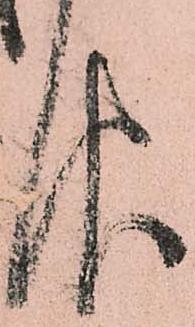
報